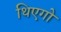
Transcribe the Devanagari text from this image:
थिएगो